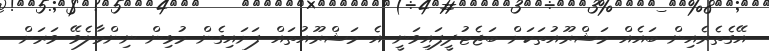
އޭގެތެރެއިން ބައެއް މަޝްރޫއުތަކަށް ބަޖެޓުދީފައިވަނީ އެ މަޝްރޫއުތައް ފަށައިގެން މުޅިން ނިންމާލެވޭ ވަރަށް